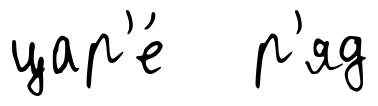
цар'е́ р'яд